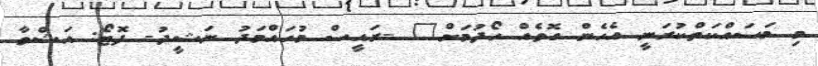
މި މަސައްކަތްކުރަނީ އެހެން ގޮތެއް ހޯދުމަށް" -ރައީސް މުހައްމަދު ނަޝީދު- ފޮޓޯ: އަޝްވާ